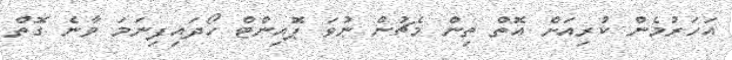
އަހަރުމެން ކުރިއަށް އޮތް ތިން މެޗުން ނުވަ ޕޮއިންޓް ހޯދައިފިނަމަ ވާނެ ގޮތް